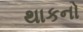
થાકનો